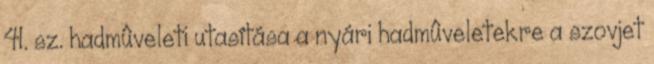
41. sz. hadmûveleti utasítása a nyári hadmûveletekre a szovjet